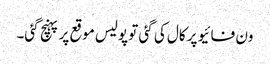
ون فائیو پر کال کی گئی تو پولیس موقع پر پہنچ گئی۔